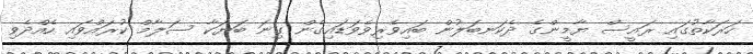
ހަރަކާތުގައި ރައީސް ޔާމީންގެ ދެކަނބަލުން ބައިވެރިވެވަޑައިގެން ގިނަ ބަޔަކާ ސަލާމް ކުރައްވައި ހެއްދެވި